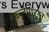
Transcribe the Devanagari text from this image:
कलेपासून